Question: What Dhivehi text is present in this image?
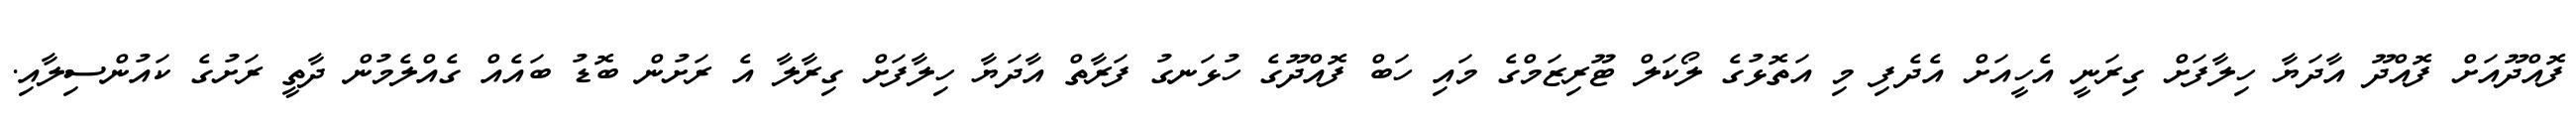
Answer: ފޮއްދޫއަށް ފޮއްދޫ އާދަޔާ ހިލާފަށް ގިރަނީ އެހީއަށް އެދެފި މި އަތޮޅުގެ ލޯކަލް ޓޫރިޒަމްގެ މައި ހަބް ފޮއްދޫގެ ހުޅަނގު ފަރާތް އާދަޔާ ހިލާފަށް ގިރާލާ އެ ރަށުން ބޮޑު ބައެއް ގެއްލެމުން ދާތީ ރަށުގެ ކައުންސިލާއި.